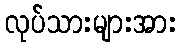
လုပ်သားများအား